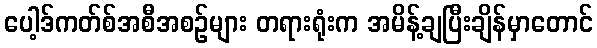
ပေါ့ဒ်ကတ်စ်အစီအစဉ်များ တရားရုံးက အမိန့်ချပြီးချိန်မှာတောင်